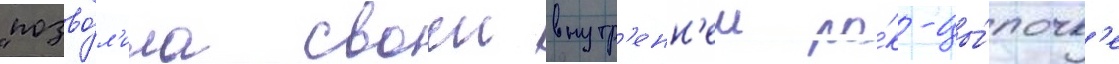
"позво́л'ила своеи внутр'енн'еи ро́к-цы́почк'е